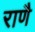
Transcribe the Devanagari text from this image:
राणै